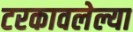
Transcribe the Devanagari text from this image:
टरकावलेल्या